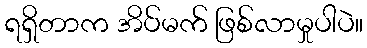
ရရှိတာက အိပ်မက် ဖြစ်လာမှုပါပဲ။